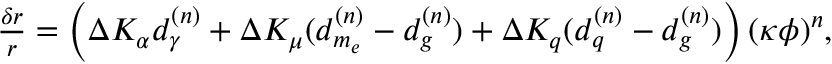
\begin{array} { r } { \frac { \delta r } { r } = \left( \Delta K _ { \alpha } d _ { \gamma } ^ { ( n ) } + \Delta K _ { \mu } ( d _ { m _ { e } } ^ { ( n ) } - d _ { g } ^ { ( n ) } ) + \Delta K _ { q } ( d _ { q } ^ { ( n ) } - d _ { g } ^ { ( n ) } ) \right) ( \kappa \phi ) ^ { n } , } \end{array}